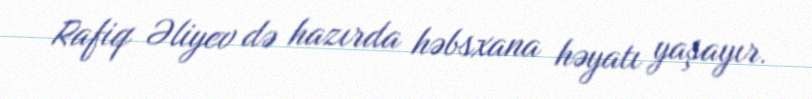
Rafiq Əliyev də hazırda həbsxana həyatı yaşayır.